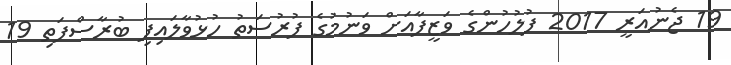
19 ޖެނުއަރީ 2017 ފުލުހުންގެ ވަޒީފާއަށް ވަނުމުގެ ފުރުސަތު ހުޅުވާލައިފި ބުރާސްފަތި 19